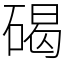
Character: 碣